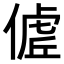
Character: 𬿖